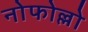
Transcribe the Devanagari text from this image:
नोफोल्लो